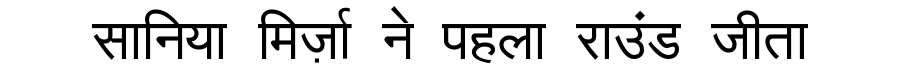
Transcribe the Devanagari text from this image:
सानिया मिर्ज़ा ने पहला राउंड जीता